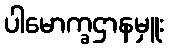
ပါမောက္ခဌာနမှူး